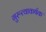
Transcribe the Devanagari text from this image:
गुरूत्वाकर्षक